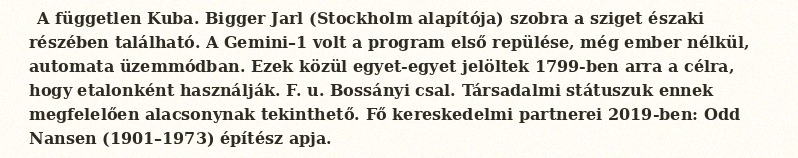
A független Kuba. Bigger Jarl (Stockholm alapítója) szobra a sziget északi részében található. A Gemini–1 volt a program első repülése, még ember nélkül, automata üzemmódban. Ezek közül egyet-egyet jelöltek 1799-ben arra a célra, hogy etalonként használják. F. u. Bossányi csal. Társadalmi státuszuk ennek megfelelően alacsonynak tekinthető. Fő kereskedelmi partnerei 2019-ben: Odd Nansen (1901–1973) építész apja.